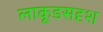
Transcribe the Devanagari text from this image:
लाकूडसदृश